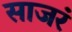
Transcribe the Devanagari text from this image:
साजरं